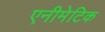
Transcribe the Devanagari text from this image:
एनीमेटिक